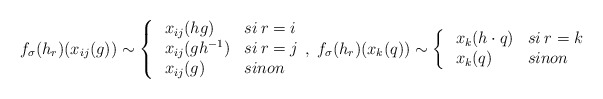
\begin{align*} f_\sigma(h_r)( x_{ij}(g)) \sim \left\{ \begin{array}{ll}\:x_{ij}(hg) & si \:r=i \\ \: x_{ij}(gh^{-1}) & si \:r=j \\ \: x_{ij}(g) & sinon \end{array},\right. f_\sigma(h_r)( x_{k}(q)) \sim \left\{ \begin{array}{ll}\:x_{k}(h\cdot q) & si \:r=k \\ \: x_{k}(q) & sinon \end{array} \right. \end{align*}